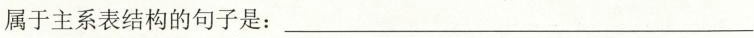
属于主系表结构的句子是:___